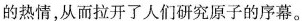
的热情，从而拉开了人们研究原子的序幕。